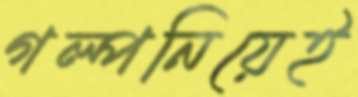
গল্পনিয়েই